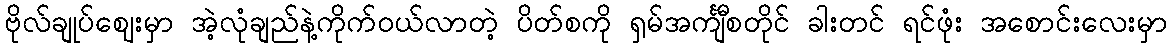
ဗိုလ်ချုပ်ဈေးမှာ အဲ့လုံချည်နဲ့ကိုက်၀ယ်လာတဲ့ ပိတ်စကို ရှမ်အင်္ကျီစတိုင် ခါးတင် ရင်ဖုံး အစောင်းလေးမှာ